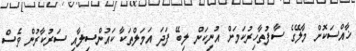
ޚާއްސަކޮށް މާލޭގެ ސާފުތާހިރުކަމަށް އުނިކަން ލިބޭ ފަދަ އަމަލްތަކާ ކައުންސިލާއި ސަރުކާރުން ވެސް